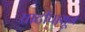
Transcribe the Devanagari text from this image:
घाटीपासून